Indian journal of veterinary science and animal husbandry - Volumes 24-25, 1954-1955
Year: 1954
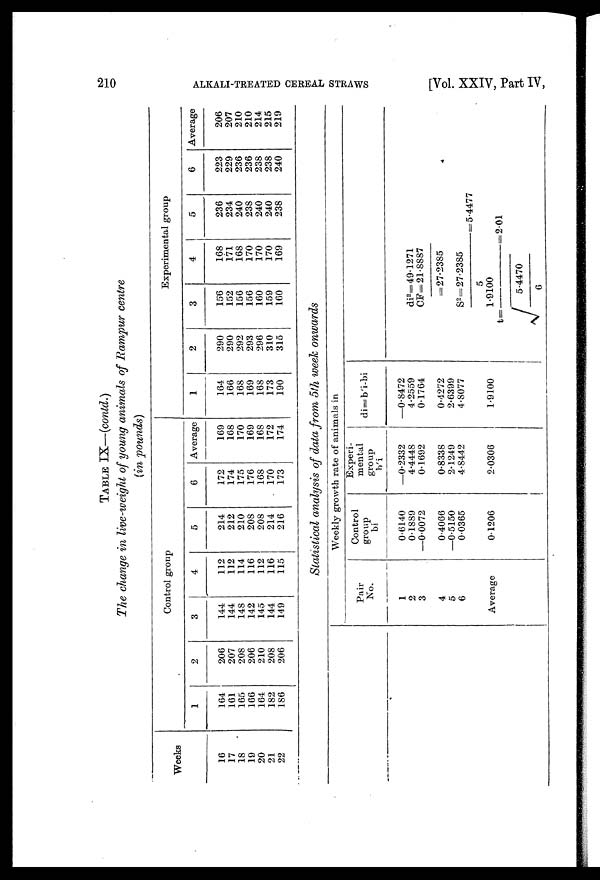
210
ALKALI-TREATED CEREAL STRAWS
[Vol. XXIV, Part IV,
TABLE IX—(contd.)
The change in live-weight of young animals of Rampur centre
(in pounds)
Weeks
16
17
18
19
20
21
22
Control group
1
164
161
165
166
164
182
186
2
206
207
208
206
210
208
206
3
144
144
148
142
145
144
149
4
112
112
114
116
112
116
115
5
214
212
210
208
208
214
216
6
172
174
175
176
168
170
173
Average
169
168
170
169
168
172
174
Experimental group
1
164
166
168
169
168
173
190
2
290
290
292
293
296
310
315
3
156
152
156
156
160
159
160
4
168
171
168
170
170
170
169
5
236
234
240
238
240
240
238
6
223
229
236
236
238
238
240
Average
206
207
210
210
214
215
219
Statistical analysis of data from 5th week onwards
Weekly growth rate of animals in
Pair
No.
1
2
3
4
5
6
Average
Control
group
bi
0.6140
0.1889
—0.0072
0.4066
—0.5150
0.0365
0.1206
Experi
mental
group
b'i
—0.2332
4.4448
0.1692
0.8338
2.1249
4.8442
2.0306
di=b'i-bi
—0.8472
4.2559
0.1764
0.4272
2.6399
4.8077
1.9100
di 2 =49.1271
CF=21.8887
= 27.2385
S 2 =27.2385/5= 5.4477
t =1.9100/√ 5.4470/6 = 2.01